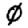
Digit: 0